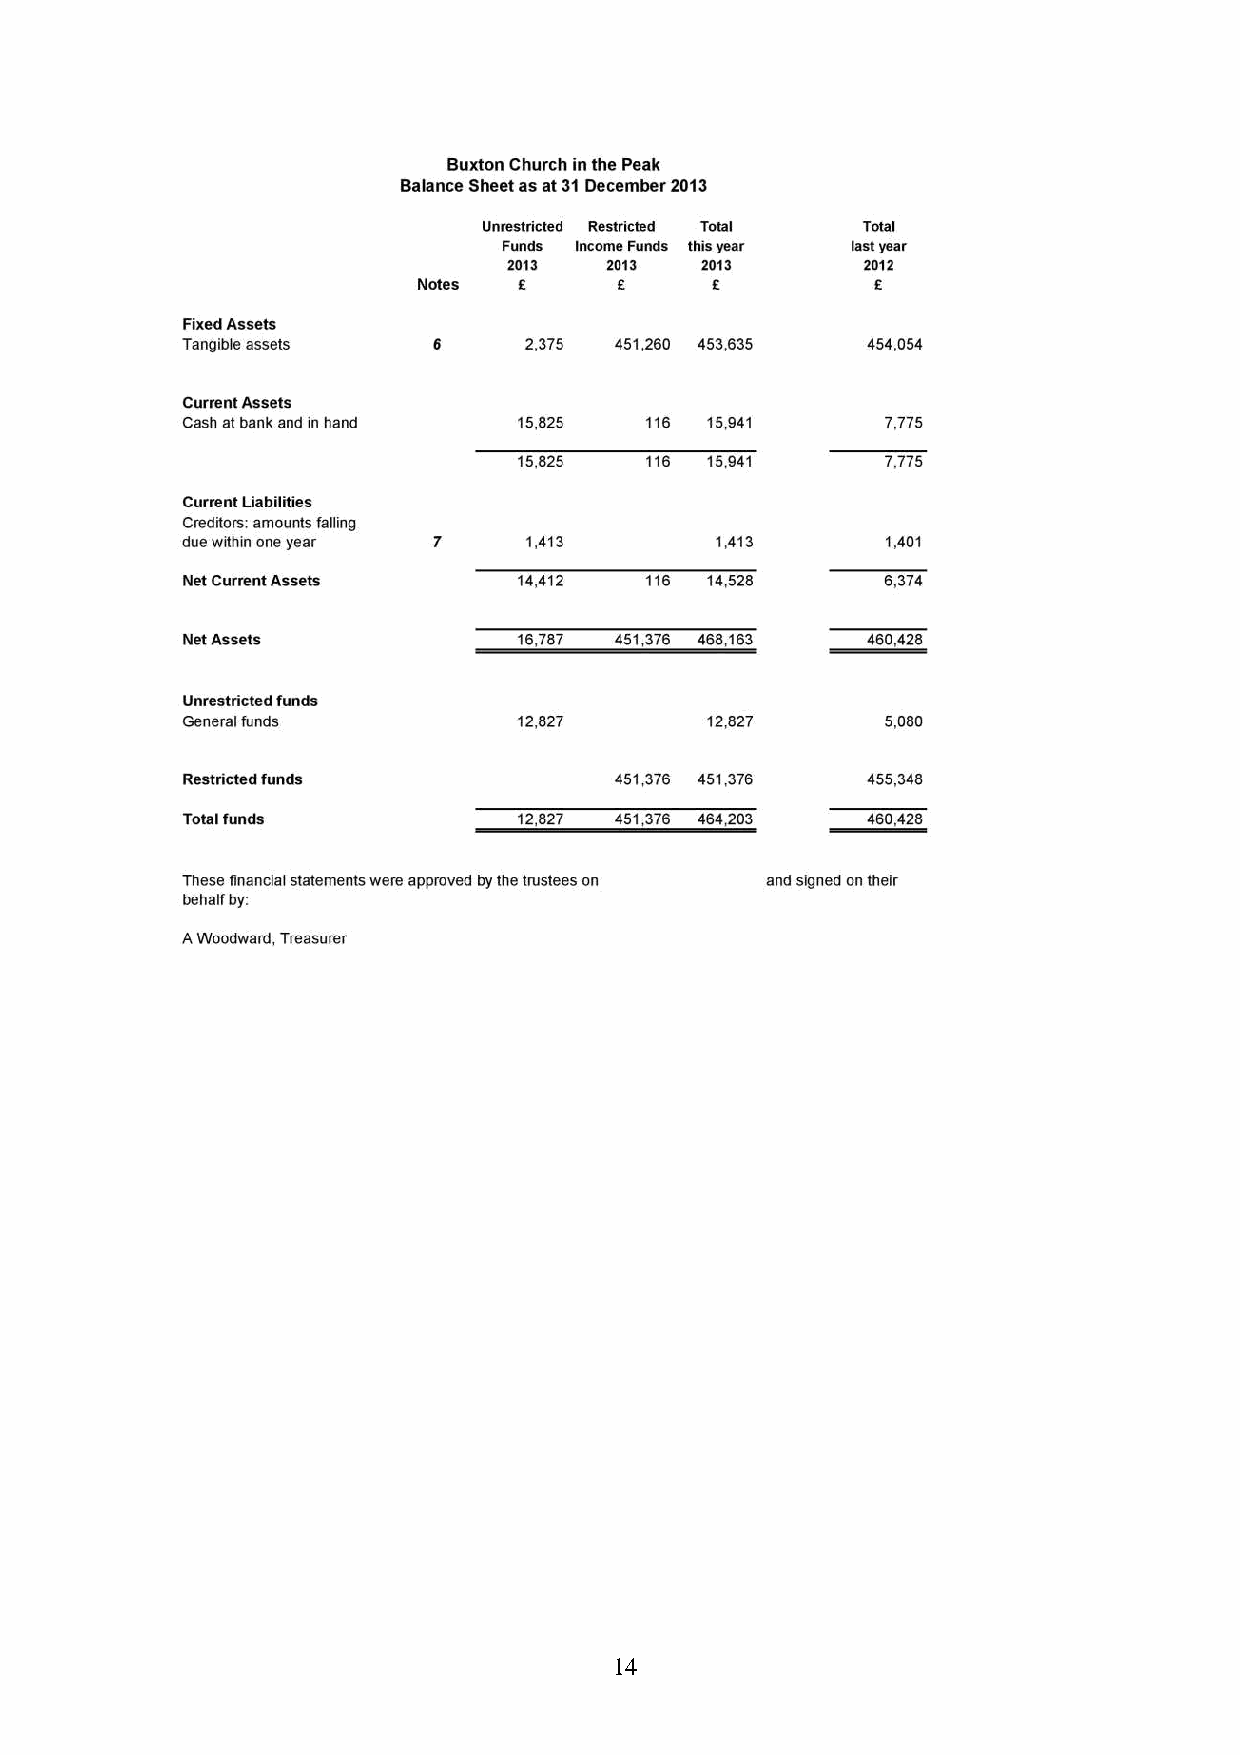
14